Civil Veterinary Dept. Bombay admin report 1893-99 - 1893-1899
Year: 1893
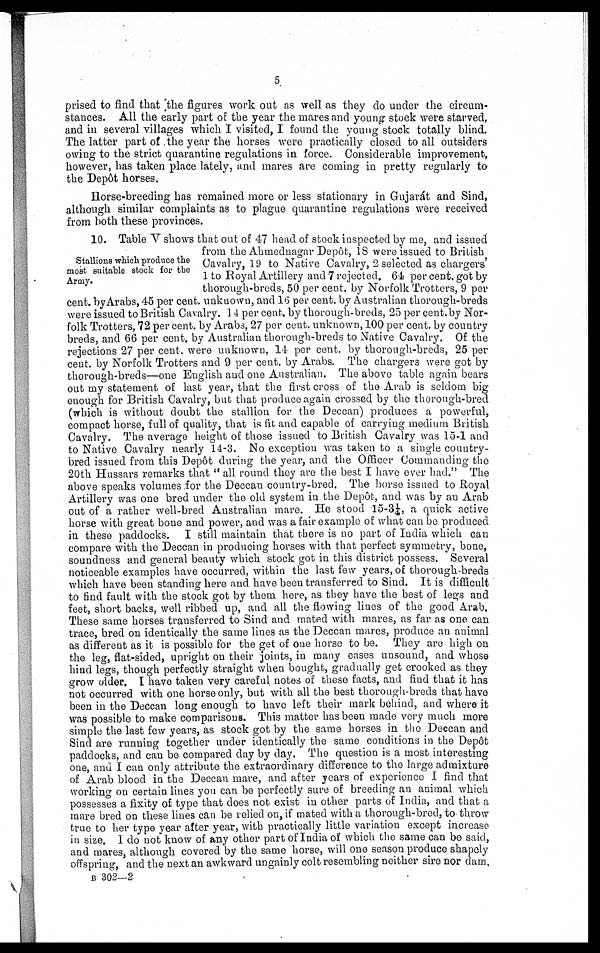
5
prised to find that the figures work out as well as they do under the circum-
stances. All the early part of the year the mares and young stock were starved,
and in several villages which I visited, I found the young stock totally blind.
The latter part of the year the horses were practically closed to all outsiders
owing to the strict quarantine regulations in force. Considerable improvement,
however, has taken place lately, and mares are coming in pretty regularly to
the Depôt horses.
Horse-breeding has remained more or less stationary in Gujarát and Sind,
although similar complaints as to plague quarantine regulations were received
from both these provinces.
Stallions which produce the
most suitable stock for the
Army.
10. Table V shows that out of 47 head of stock inspected by me, and issued
from the Ahmednagar Depôt, 18 were issued to British
Cavalry, 19 to Native Cavalry, 2 selected as chargers'
1 to Royal Artillery and 7 rejected. 64 per cent. got by
thorough-breds, 50 per cent. by Norfolk Trotters, 9 per
cent. by Arabs, 45 per cent. unknown, and 16 per cent. by Australian thorough-breds
were issued to British Cavalry. 14 per cent. by thorough-breds, 25 per cent. by Nor-
folk Trotters, 72 per cent. by Arabs, 27 per cent. unknown, 100 per cent. by country
breds, and 66 per cent. by Australian thorough-breds to Native Cavalry. Of the
rejections 27 per cent. were unknown, 14 per cent. by thorough-breds, 25 per
cent. by Norfolk Trotters and 9 per cent. by Arabs. The chargers were got by
thorough-breds—one English and one Australian. The above table again bears
out my statement of last year, that the first cross of the Arab is seldom big
enough for British Cavalry, but that produce again crossed by the thorough-bred
(which is without doubt the stallion for the Deccan) produces a powerful,
compact horse, full of quality, that is fit and capable of carrying medium British
Cavalry. The average height of those issued to British Cavalry was 15-1 and
to Native Cavalry nearly 14-3. No exception was taken to a single country-
bred issued from this Depôt during the year, and the Officer Commanding the
20th Hussars remarks that " all round they are the best I have ever had." The
above speaks volumes for the Deccan country-bred. The horse issued to Royal
Artillery was one bred under the old system in the Depôt, and was by an Arab
out of a rather well-bred Australian mare. He stood 15-3¼, a quick active
horse with great bone and power, and was a fair example of what can be produced
in these paddocks. I still maintain that there is no part of India which can
compare with the Deccan in producing horses with that perfect symmetry, bone,
soundness and general beauty which stock got in this district possess. Several
noticeable examples have occurred, within the last few years, of thorough-breds
which have been standing here and have been transferred to Sind. It is difficult
to find fault with the stock got by them here, as they have the best of legs and
feet, short backs, well ribbed up, and all the flowing lines of the good Arab.
These same horses transferred to Sind and mated with mares, as far as one can
trace, bred on identically the same lines as the Deccan mares, produce an animal
as different as it is possible for the get of one horse to be. They are high on
the leg, flat-sided, upright on their joints, in many cases unsound, and whose
hind legs, though perfectly straight when bought, gradually get crooked as they
grow older. I have taken very careful notes of these facts, and find that it has
not occurred with one horse only, but with all the best thorough-breds that have
been in the Deccan long enough to have left their mark behind, and where it
was possible to make comparisons. This matter has been made very much more
simple the last few years, as stock got by the same horses in the Deccan and
Sind are running together under identically the same conditions in the Depôt
paddocks, and can be compared day by day. The question is a most interesting
one, and I can only attribute the extraordinary difference to the large admixture
of Arab blood in the Deccan mare, and after years of experience I find that
working on certain lines you can be perfectly sure of breeding an animal which
possesses a fixity of type that does not exist in other parts of India, and that a
mare bred on these lines can be relied on, if mated with a thorough-bred, to throw
true to her type year after year, with practically little variation except increase
in size. I do not know of any other part of India of which the same can be said,
and mares, although covered by the same horse, will one season produce shapely
offspring, and the next an awkward ungainly colt resembling neither sire nor dam,
B 302—2